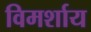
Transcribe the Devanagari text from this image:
विमर्शाय